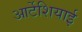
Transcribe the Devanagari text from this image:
आर्टेशियाई